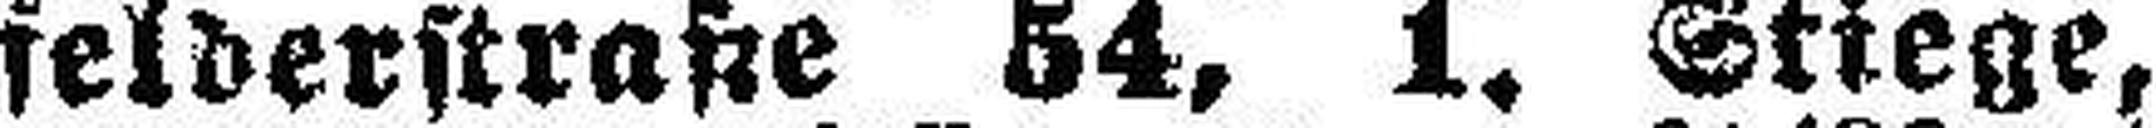
felderstraße 54, 1. Stiege,